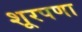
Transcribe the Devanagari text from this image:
शूरपणा